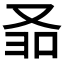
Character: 𱑵